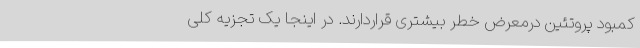
کمبود پروتئین درمعرض خطر بیشتری قراردارند. در اینجا یک تجزیه کلی